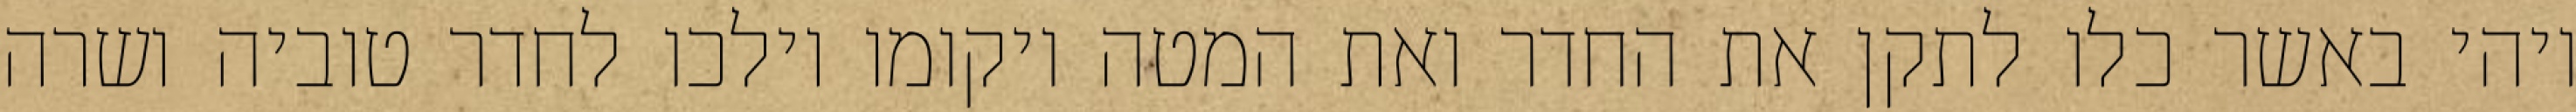
ויהי באשר כלו לתקן את החדר ואת המטה ויקומו וילכו לחדר טוביה ושרה